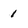
Character: 1